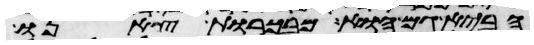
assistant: הביא גם הוא מבכורות צאנו